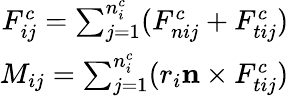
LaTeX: \begin{array}{r}{F_{ij}^{c}=\sum_{j=1}^{n_{i}^{c}}(F_{nij}^{c}+F_{tij}^{c})}\\ {M_{ij}=\sum_{j=1}^{n_{i}^{c}}(r_{i}\mathbf n\times F_{tij}^{c})}\end{array}